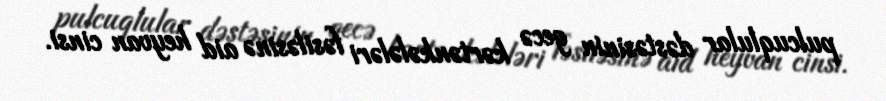
pulcuqlular dəstəsinin gecə kərtənkələləri fəsiləsinə aid heyvan cinsi.